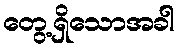
တွေ့ရှိသောအခါ